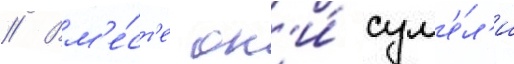
// Вм'е́ст'е он'и́ сум'е́л'и